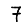
Digit: 7